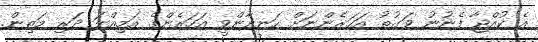
އެ ކުއްޖާ ފެނުނު ވަގުތު އަހަރެންނަށް ހަނދާންވީ އަހަރެންގެ އަމިއްލަ ދަރި މަތިން.